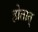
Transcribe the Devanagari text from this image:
होतात्